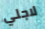
لاجلي